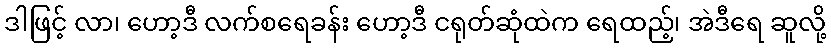
ဒါဖြင့် လာ၊ ဟော့ဒီ လက်စရေခန်း ဟော့ဒီ ငရုတ်ဆုံထဲက ရေထည့်၊ အဲဒီရေ ဆူလို့